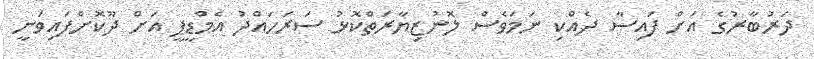
ދަރުބާރުގެ އަށް ފައިސާ ދެއްކި ނަމަވެސް ލޮނުޒިޔާރަތްކޮޅު ސަރަހައްދު އެމްޑީޕީ އަށް ދޫކޮށްފައިވަނީ